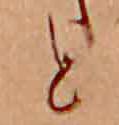
と